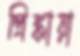
প্রিঙ্কায়া